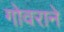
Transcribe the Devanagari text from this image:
गोवराने